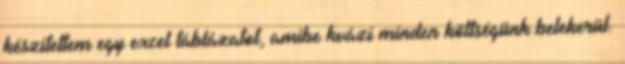
készítettem egy excel táblázatot, amibe kvázi minden költségünk belekerül.